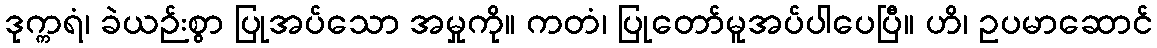
ဒုက္ကရံ၊ ခဲယဉ်းစွာ ပြုအပ်သော အမှုကို။ ကတံ၊ ပြုတော်မူအပ်ပါပေပြီ။ ဟိ၊ ဥပမာဆောင်